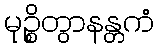
မုဉ္စိတွာနန္တကံ